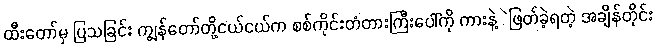
ထီးတော်မှ ပြသခြင်း ကျွန်တော်တို့ငယ်ငယ်က စစ်ကိုင်းတံတားကြီးပေါ်ကို ကားနဲ့ဲဖြတ်ခဲ့ရတဲ့ အချိန်တိုင်း